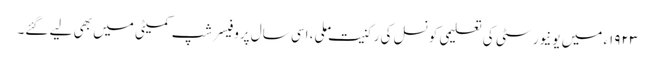
١٩٢٣ء میں یونیورسٹی کی تعلیمی کونسل کی رکنیت ملی، اسی سال پروفیسر شپ کمیٹی میں بھی لیے گئے۔